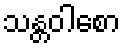
သန္တဝါစော